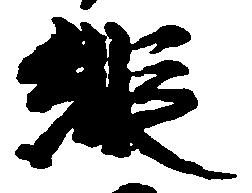
縦